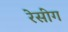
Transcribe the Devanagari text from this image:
रेसींग